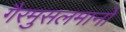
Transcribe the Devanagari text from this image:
गैरमुसलमानों